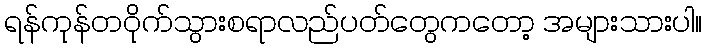
ရန်ကုန်တဝိုက်သွားစရာလည်ပတ်တွေကတော့ အများသားပါ။